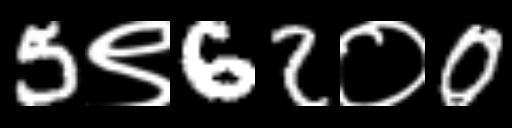
Text: 5९62०0